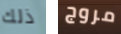
ذلك مروج